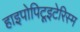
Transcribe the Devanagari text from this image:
हाइपोपिटूइटेरिस्म